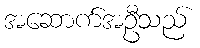
အဆောက်အဦသည်